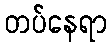
တပ်နေရာ